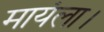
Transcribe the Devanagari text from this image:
मायंला।